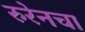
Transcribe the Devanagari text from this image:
रुरेनचा